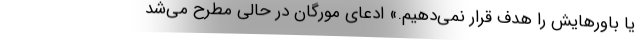
یا باورهایش را هدف قرار نمی‌دهیم.» ادعای مورگان در حالی مطرح می‌شد